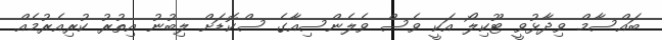
ބައްސާމް ވިދާޅުވީ ޓޫކިލޯ އަކީ ވެސް ވެލެންސިއާގެ ސްކޮޑަށް ލިބުނު އިތުރު ކުރިއެރުމެއް